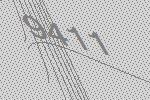
9411